Vaccination in the Punjab 1919-1929 - 1919-1929
Year: 1919
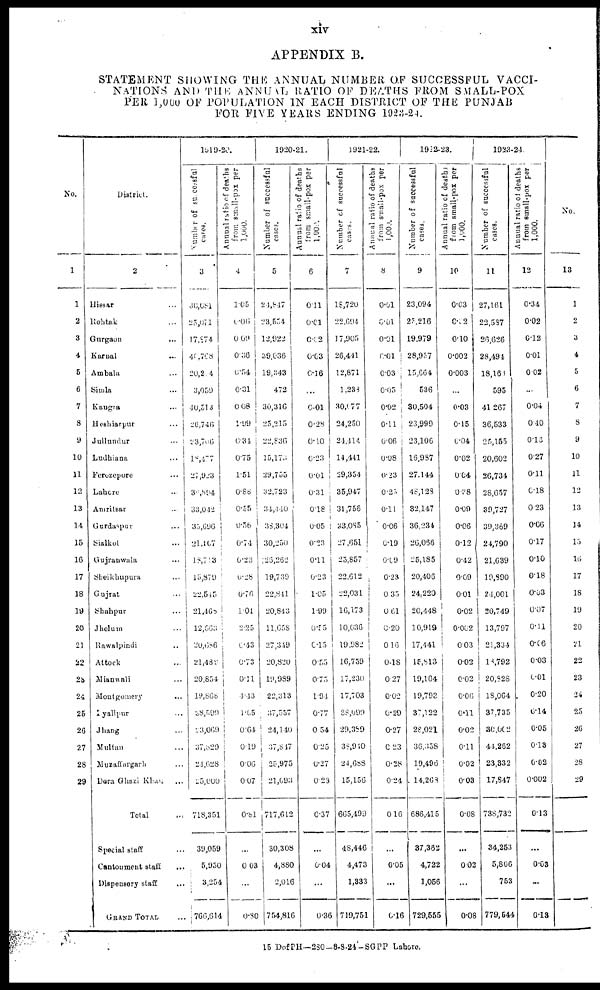
xiv
APPENDIX B.
STATEMENT SHOWING THE ANNUAL NUMBER OF SUCCESSFUL VACCI-
NATIONS AND THE ANNUAL RATIO OF DEATHS FROM SMALL-POX
PER 1,000 OF POPULATION IN EACH DISTRICT OF THE PUNJAB
FOR FIVE YEARS ENDING 1923-24.
No.
1
1
2
3
4
5
6
7
8
9
10
11
12
13
14
15
16
17
18
19
20
21
22
23
24
25
26
27
28
29
District.
2
Hissar ...
Rohtak ...
Gurgaon ...
Karnal ...
Ambala ...
Simla ...
Kangra ...
Hoshiarpur ...
Jullundur ...
Ludhiana ...
Ferozepore ...
Lahore ...
Amritsar ...
Gurdaspur ...
Sialkot ...
Gujranwala ...
Sheikhupura ...
Gujrat ...
Shahpur ...
Jhelum ...
Rawalpindi ...
Attock ...
Mianwali ...
Montgomery ...
Lyallpur ...
Jhang ...
Multan ...
Muzaffargarh ...
Dera Ghazi Khan ...
Total ...
Special staff ...
Cantonment staff
...
Dispensary staff ...
GRAND TOTAL ...
1919-20.
Number of succesful
cases.
3
36,081
20,071
17,874
40,768
20,244
3,059
40,513
26,746
23,706
18,477
27,923
36,894
33,042
35,696
21,107
18,713
15,879
22,545
21,468
12,563
20,686
21,489
20,854
19,868
38,599
23,069
37,829
24,628
25,000
718,351
39,059
5,950
3,254
766,614
Annual ratio of deaths
from small-pox per
1,000.
4
1.05
0.06
0.09
0.36
0.54
0.31
0.08
1.99
0.34
0.75
1.51
0.88
0.55
0.56
0.74
0.23
0.28
0.76
1.01
2.25
0.43
0.73
0.11
4.43
1.65
0.64
0.19
0.06
0.07
0.81
...
0.03
...
0.80
1920-21.
Number of successful
cases.
5
24,817
23,554
12,922
39,036
19,343
472
30,316
25,215
22,836
15,173
29,755
32,723
34,440
38,304
30,250
126,262
19,739
22,841
20,843
11,658
27,349
20,820
19,989
22,313
37,557
24,140
37,817
25,975
21,093
717,612
30,308
4,880
2,016
754,816
Annual ratio of deaths
from small-pox per
1,000.
6
0.11
0.01
0.02
0.03
0.16
...
0.01
0.28
0.10
0.23
0.01
0.31
0.18
0.05
0.23
0.11
0.23
1.05
1.99
0.55
0.15
0.55
0.75
1.94
0.77
0.54
0.25
0.27
0.23
0.37
...
0.04
...
0.36
1921-22.
Number of successful
7
18,720
22,694
17,905
26,441
12,871
1,238
30,677
24,250
24,414
14,441
29,354
35,947
31,756
33,085
27,651
25,857
22,612
22,031
16,173
10,036
19,982
16,759
17,230
17,703
38,099
29,389
38,940
24,688
15,156
665,499
48,446
4,473
1,333
719,751
Annual ratio of deaths
from small-pox per
1,000.
8
0.61
0.01
0.01
0.01
0.03
0.05
0.02
0.11
0.06
0.08
0.23
0.25
0.11
0.06
0.19
0.09
0.23
0.35
0.61
0.20
0.16
0.18
0.27
0.02
0.29
0.27
0.23
0.28
0.24
0.16
...
0.05
...
0.16
1922-23.
Number of successful
cases.
9
23,094
25,216
19,979
28,957
15,664
536
30,504
23,999
23,106
16,987
27,144
48,123
32,147
36,234
26,066
25,185
20,406
24,220
20,448
10,919
17,441
15,813
19,164
19,798
37,122
28,021
36,358
19,496
14,268
686,415
37,382
4,722
1,056
729,555
Annual ratio of deaths
from small-pox per
1,000.
10
0.03
0.62
0.10
0.002
0.003
...
0.03
0.15
0.04
0.02
0.04
0.38
0.09
0.06
0.12
0.42
0.09
0.01
0.02
0.002
0.03
0.02
0.02
0.06
0.11
0.02
0.11
0.02
0.03
0.08
...
0.02
...
0.08
1923-24.
Number of successful
cases.
11
27,161
22,587
26,626
28,494
18,163
595
41,267
36,533
25,155
20,602
26,734
28,657
39,727
39,369
24,790
21,639
19,890
24,001
20,749
13,797
21,334
18,792
20,828
18,064
37,735
30,062
44,262
23,332
17,847
738,732
34,253
5,806
753
779,544
Annual ratio of deaths
from small-pox per
1,000.
12
0.34
0.02
0.12
0.01
0.02
...
0.04
0.40
0.13
0.27
0.11
0.18
0.23
0.06
0.17
0.10
0.18
0.03
0.07
0.11
0.06
0.03
0.01
0.20
0.14
0.05
0.13
0.02
0.002
0.13
...
0.03
...
0.13
No.
13
1
2
3
4
5
6
7
8
9
10
11
12
13
14
15
16
17
18
19
20
21
22
23
24
25
26
27
28
29
15 DofPH—280-8-8-24-SGPP Lahore.